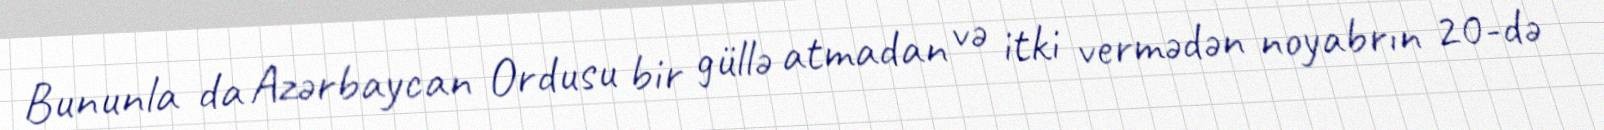
Bununla da Azərbaycan Ordusu bir güllə atmadan və itki vermədən noyabrın 20-də